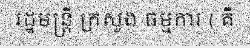
រដ្ឋមន្ត្រី ក្រសួង ធម្មការ ( គឺ